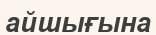
айшығына